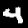
Digit: 4